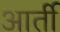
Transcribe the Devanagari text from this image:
आर्ती